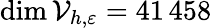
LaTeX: \dim\mathcal{V}_{h,\varepsilon}=41{\, }458